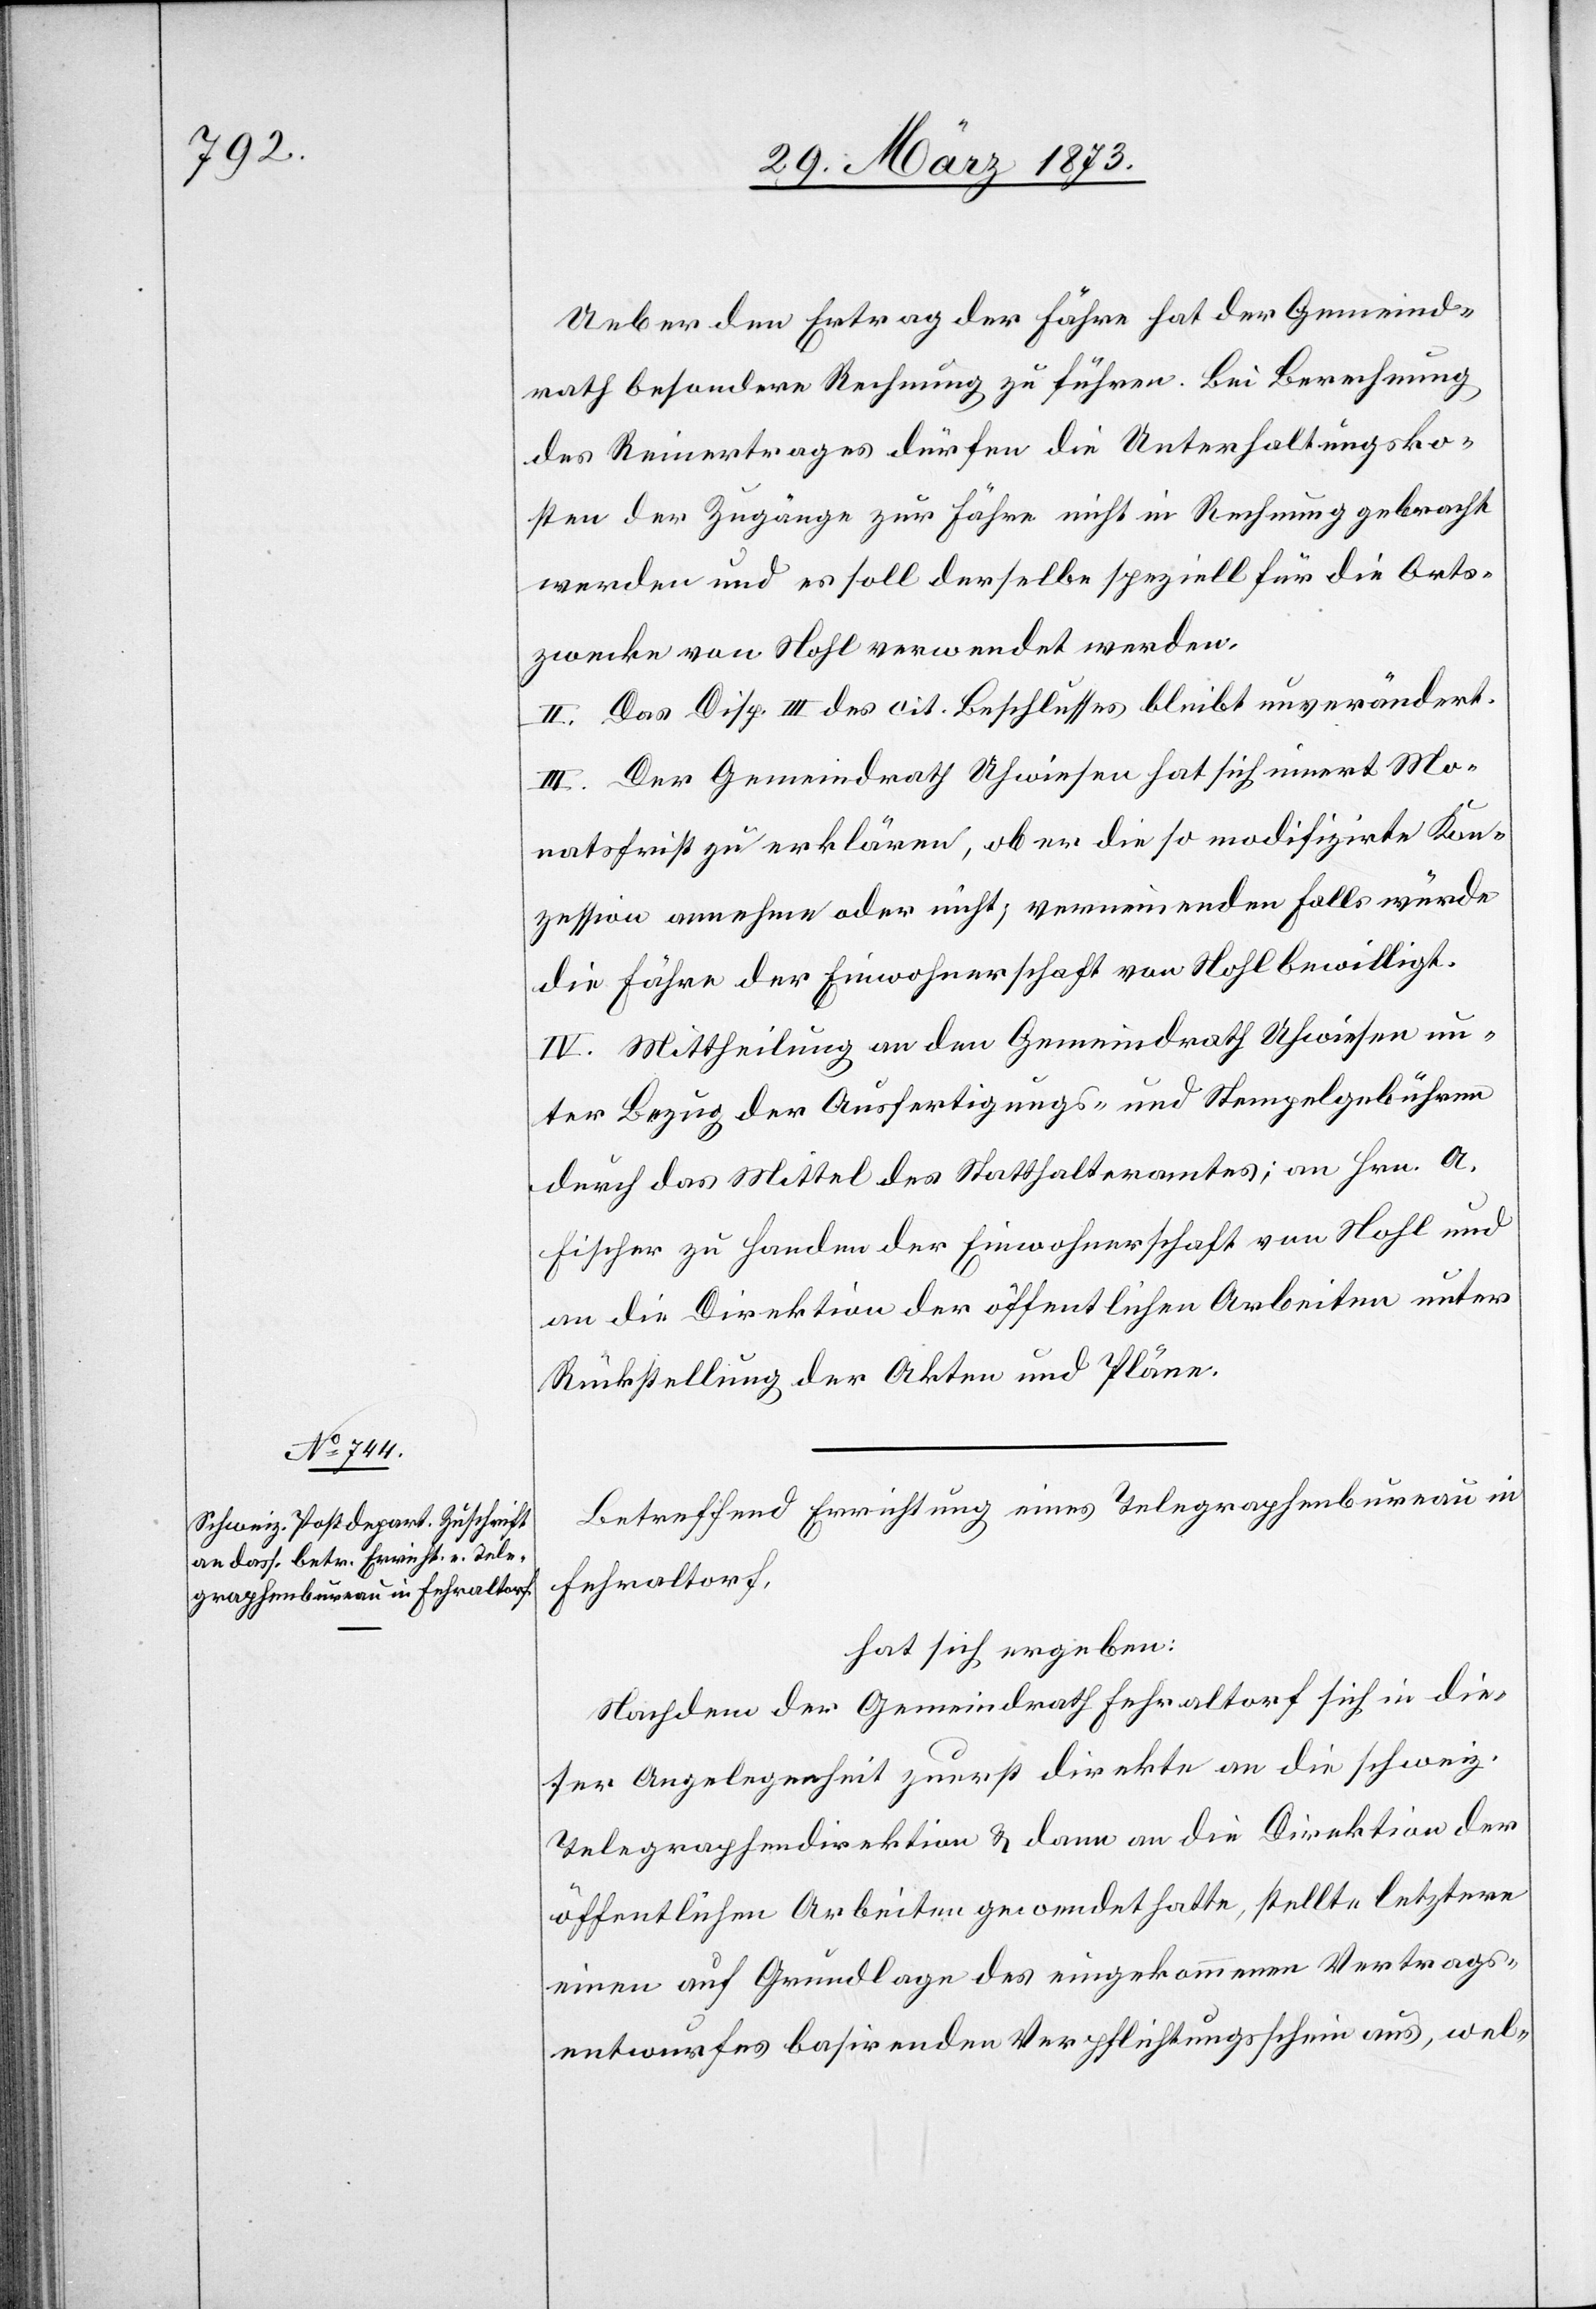
Ueber den Ertrag der Fähre hat der Gemeind¬
rath besondere Rechnung zu führen. Bei Berechnung
des Reinertrages dürfen die Unterhaltungsko¬
sten der Zugänge zur Fähre nicht in Rechnung gebracht
werden und es soll derselbe speziell für die Orts¬
zwecke von Nohl verwendet werden.
II. Das Disp. III des cit. Beschlusses bleibt unverändert.
III. Der Gemeindrath Uhwiesen hat sich innert Mo¬
natsfrist zu erklären, ob er die so modifizirte Kon¬
zession annehme oder nicht, verneinenden Falls würde
die Fähre der Einwohnerschaft von Nohl bewilligt.
IV. Mittheilung an den Gemeindrath Uhwiesen un¬
ter Bezug der Ausfertigungs- und Stempelgebühren
durch das Mittel des Statthalteramtes; an Hrn. A.
Fischer zu Handen der Einwohnerschaft von Nohl und
an die Direktion der öffentlichen Arbeiten unter
Rückstellung der Akten und Pläne.
Betreffend Errichtung eines Telegraphenbureau in
Fehraltorf,
hat sich ergeben:
Nachdem der Gemeindrath Fehraltorf sich in die¬
ser Angelegenheit zuerst direkte an die schweiz.
Telegraphendirektion u. dann an die Direktion der
öffentlichen Arbeiten gewendet hatte, stellte letztere
einen auf Grundlage des eingekommenen Vertrags¬
entwurfes basirenden Verpflichtungsschein aus, wel-